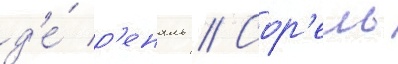
д'е́ р'еналь // Сор'ель